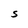
Character: S